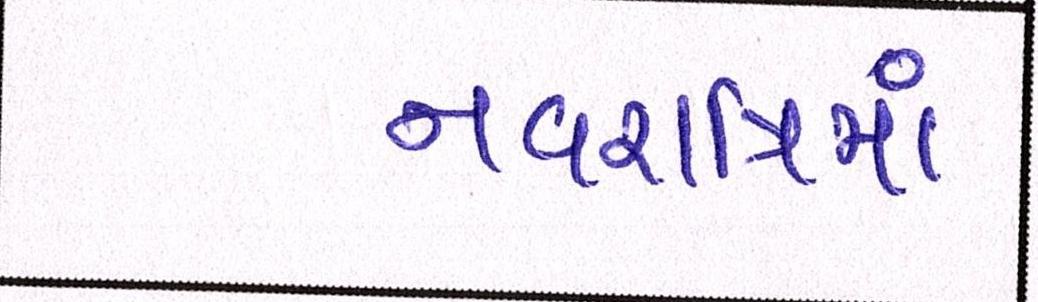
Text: નવરાત્રિમાં